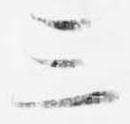
三